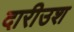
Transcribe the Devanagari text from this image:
दारीउश